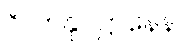
ဂိလာနုပဋ္ဌာနေန